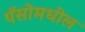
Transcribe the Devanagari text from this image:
पॅसोमधील